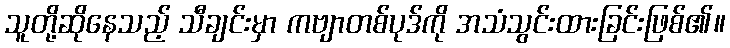
သူတို့ဆိုနေသည့် သီချင်းမှာ ကဗျာတစ်ပုဒ်ကို အသံသွင်းထားခြင်းဖြစ်၏။